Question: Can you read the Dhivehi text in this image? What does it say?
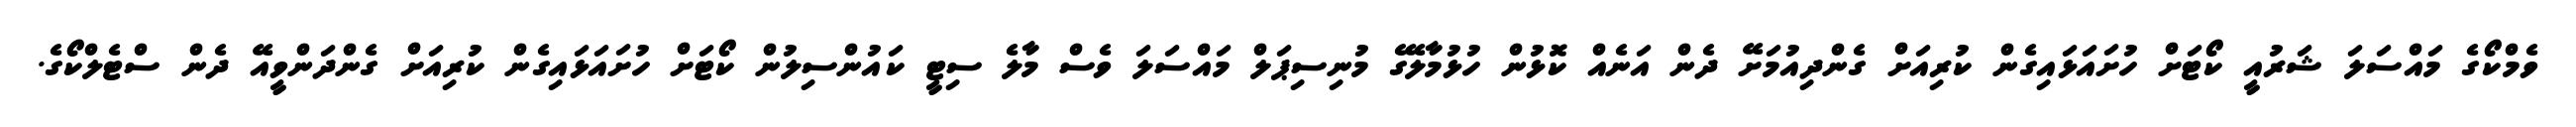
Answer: ވެމްކޯގެ މައްސަލަ ޝަރުއީ ކޯޓަށް ހުށައަޅައިގެން ކުރިއަށް ގެންދިއުމަށޭ ދެން އަނެއް ކޮޅުން ހުޅުމާލޭގެ މުނިސިޕަލް މައްސަލަ ވެސް މާލެ ސިޓީ ކައުންސިލުން ކޯޓަށް ހުށައަޅައިގެން ކުރިއަށް ގެންދަންވީއޭ ދެން ސްޓެލްކޯގެ.